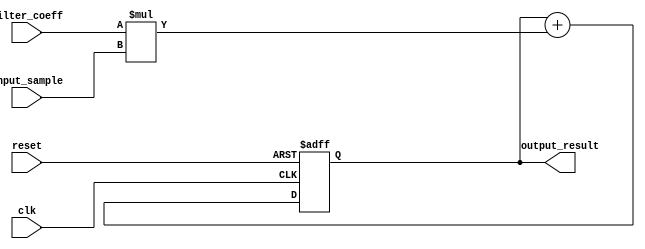
module FIR_accumulator (
    input wire clk,
    input wire reset,
    input wire [7:0] input_sample,
    input wire [7:0] filter_coeff,
    output reg [15:0] output_result
);

reg [15:0] accumulator;

always @(posedge clk or posedge reset) begin
    if (reset) begin
        accumulator <= 16'h0000;
    end else begin
        accumulator <= accumulator + filter_coeff * input_sample;
    end
end

assign output_result = accumulator;

endmodule